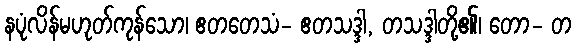
နပုံလိန်မဟုတ်ကုန်သော၊ ဧတတေသံ- ဧတသဒ္ဒါ, တသဒ္ဒါတို့၏၊ တော- တ